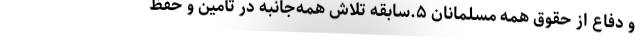
و دفاع از حقوق همه مسلمانان ۵.سابقه تلاش همه‌جانبه در تأمین و حفظ